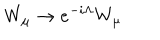
W _ { \mu } \rightarrow e ^ { - i \Lambda } W _ { \mu }